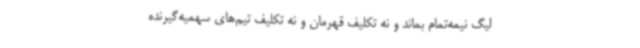
لیگ نیمه‌تمام بماند و نه تکلیف قهرمان و نه تکلیف تیم‌های سهمیه‌گیرنده